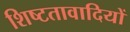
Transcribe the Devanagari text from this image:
शिष्टतावादियों